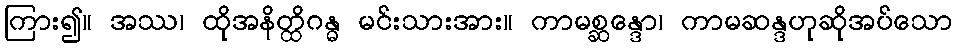
ကြား၍။ အဿ၊ ထိုအနိတ္ထိဂန္ဓ မင်းသားအား။ ကာမစ္ဆန္ဒော၊ ကာမဆန္ဒဟုဆိုအပ်သော